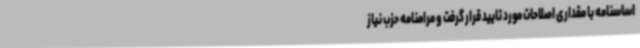
اساسنامه با مقداری اصلاحات مورد تایید قرار گرفت و مرامنامه حزب نیاز